Leaving Certificate Examination, 1910. Written examination, 1910
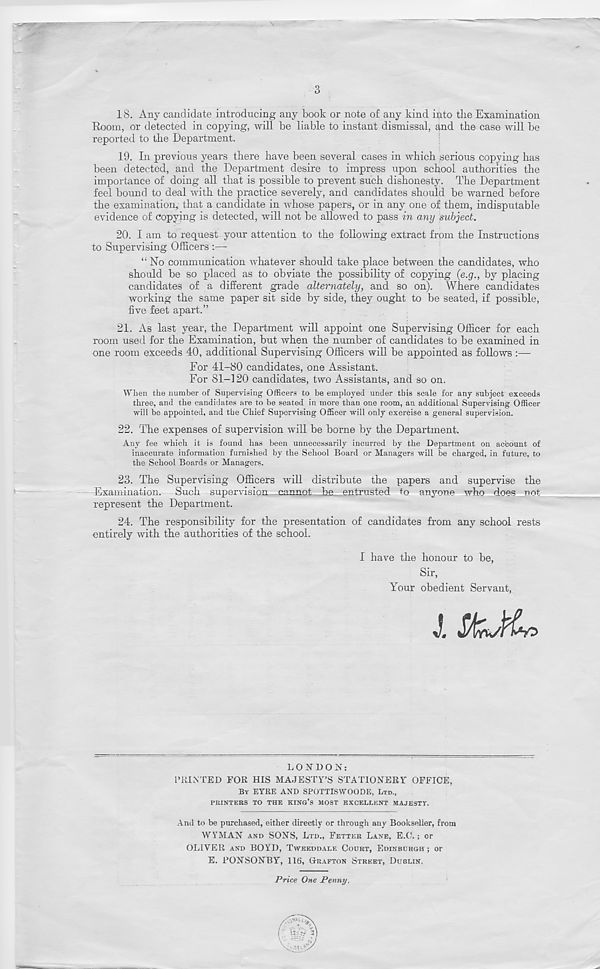
18. Any candidate introducing any book or note of any kind ulto tlie Examination
Room, or detected in copying, will be liable to instant dismissal, and tbe case will be
reported to the Department.
19. In previous years there have been several cases in which serious copying has
been detected, and the Department desire to impress upon school authorities the
importance of doing all that is possible to prevent such dishonesty. The Department
feel bound to deal with the practice severely, and candidates should be warned before
the examination^ that a candidate in whose papers, or in any one of them, indisputable
evidence of copying is detected, will not be allowed to pass in any subject.
20. I am to request your attention to the following extract from the Instructions
to Supervising Officers
“ No communication whatever should take place between the candidates, who
should be so placed as to obviate the possibility of copying (e.g., by placing
candidates of a different grade alternately, and so on). Where candidates
working the same paper sit side by side, they ought to be seated, if possible,
five feet apart.”
21. As last year, the Department will appoint one Supervising Officer for each
room used for the Examination, but when the number of candidates to be examined in
one room exceeds 40, additional Supervising Officers will be appointed as follows :—
For 41-80 candidates, one Assistant.
For 81-120 candidates, two Assistants, and so on.
When the number of Supervising Officers to be employed under this scale for any subject exceeds
three, and the candidates are to be seated in more than one room, an additional Supervising Officer
will be appointed, and tbe Chief Supervising Officer will only exerbise a general supervision.
22. The expenses of supervision will be borne by the Department.
Any fee which it is found has been unnecessarily incurred by the Department on account of
inaccurate information furnished by the School Board or Managers will be charged, in future, to
the School Boards or Managers.
23. The Supervising Officers will distribute the papers and supervise the
Examination. Such supervision cannot be entrusted to anyone who does not
represent the Department.
24. The responsibility for the presentation of candidates from any school rests
entirely with the authorities of the school.
1 have the honour to be,
Sir,
Your obedient Servant,
LONDON:
PRINTED FOR HIS MAJESTY’S STATIONERY OFFICE,
BY EYRE AND SPOTTISWOODE, LTD.,
PRINTERS TO THE KING’S MOST EXCELLENT MAJESTY.
And to be purchased, either directly or through any Bookseller, from
WYMAN AND SONS, LTD., FETTER LANE, E.O. ; or
OLIVER AND BOYD, TWEEDDALE COURT, EDINBURGH ; or
E. RONSONBY, 116, GRAFTON STREET, DUBLIN.
Price One Penny.